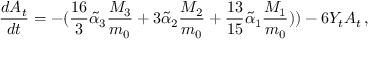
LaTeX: \frac { d A _ { t } } { d t } = - ( \frac { 1 6 } { 3 } \tilde { \alpha } _ { 3 } \frac { M _ { 3 } } { m _ { 0 } } + 3 \tilde { \alpha } _ { 2 } \frac { M _ { 2 } } { m _ { 0 } } + \frac { 1 3 } { 1 5 } \tilde { \alpha } _ { 1 } \frac { M _ { 1 } } { m _ { 0 } } ) ) - 6 Y _ { t } A _ { t } \, ,